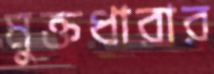
মুক্তধারার